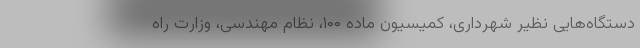
دستگاه‌هایی نظیر شهرداری، کمیسیون ماده ۱۰۰، نظام مهندسی، وزارت راه